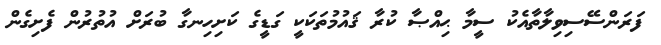
ފަރަންސޭސިވިލާތާއެކު ސީމާ ޙިއްޞާ ކުރާ ޤައުމުތަކަކީ ގަޑީގެ ކަށިހިނގާ ބުރަށް އުތުރުން ފެށިގެން